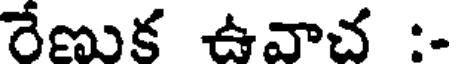
రేణుక ఉవాచ :-